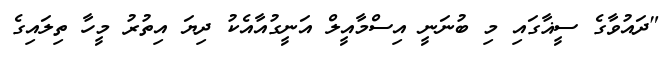
"ދައުވާގެ ސީޣާގައި މި ބުނަނީ އިސްމާއީލް އަނީގުއާއެކު ދިޔަ އިތުރު މީހާ ތިލައިގެ